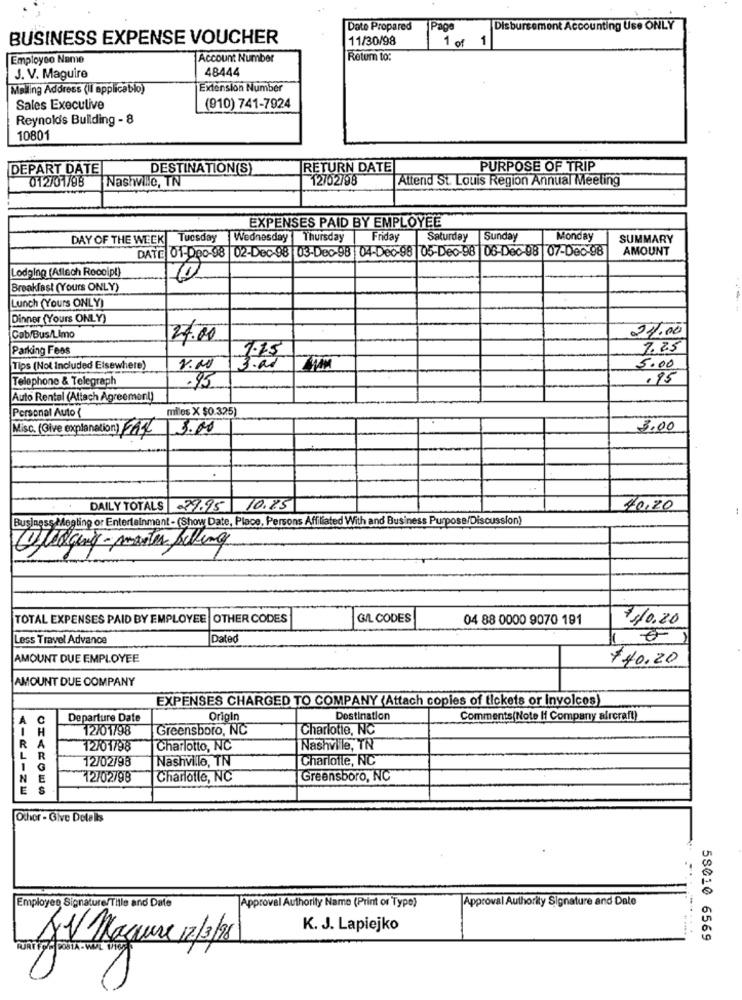
Dato Propared
Page
Disbursement Accounting Use ONLY
BUSINESS EXPENSE VOUCHER
11/30/98
1 of 1
Employeo Name
Account Number
Return to:
48444
J. V. Maguire
Mailing Address (Il applicablo)
Extension Number
Sales Executive
(910) 741-7924
Reynolds Building - 8
10801
DEPART DATE
DESTINATION(S)
RETURN DATE
PURPOSE OF TRIP
012/01/98
12/02/98
Attend St. Louis Region Annual Meeting
Nashville, TN
EXPENSES PAID BY EMPLOYEE
DAY OF THE WEEK|Tuesday
Wednesday
Thursday
Friday
Saturday
Sunday
Monday
SUMMARY
DATE 01-Dec-98 |02-Dec-98 |03-Dec-98 04-Dec-98 |05-Dec-98 |06-Dec-98 07-Dec-98
AMOUNT
Lodging (Aflech Rocolp!)
Breakfast (Yours ONLY)
Lunch (Yours ONLY)
Dinner (Yours ONLY)
Cab/Bus/Limo
24.00
24.00
Parking Fees
7.25
1.15
Tips (Not Included Elsewhere)
8.00
5.00
Telephone & Telegraph
.95
.95
Auto Rental (Attach Agreement)
Personal Auto (
milos X $0.325)
Misc. (Give explanation) FAX
3.00
.
DAILY TOTALS 29.95 10.75
40,20
Business Megling or Entertainment - (Show Date, Place, Persons Affiliated With and Business Purpose/Discussion)
Pledging- maier belling
TOTAL EXPENSES PAID BY EMPLOYEE |OTHER CODES
GIL CODES
04 88 0000 9070 191
7/10.20
Less Travel Advance
Date
AMOUNT DUE EMPLOYEE
$ 40,20
AMOUNT DUE COMPANY
EXPENSES CHARGED TO COMPANY (Attach copies of tickets or involces)
Departure Date
Origin
Destination
Comments(Note I Company aircraft)
H
12/01/98
Greensboro, NC
Charlotte, NC
R
12/01/98
Charlotto, NC
Nashville, TN
L
R
12/02/98
Nashville, TN
Charlotte, NC
1
E
12/02/98
Charlotte, NC
Greensboro, NC
Other - Give Delellis
Employee Signature/Title and Date
Approval Authority Signature and Dale
Approval Authority Name (Print or Type)
K. J. Lapiejko
JV Maure 12/3/98
58010 6569
GURTFC # POSTA - VIAET